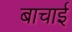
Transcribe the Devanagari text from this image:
बाचाई